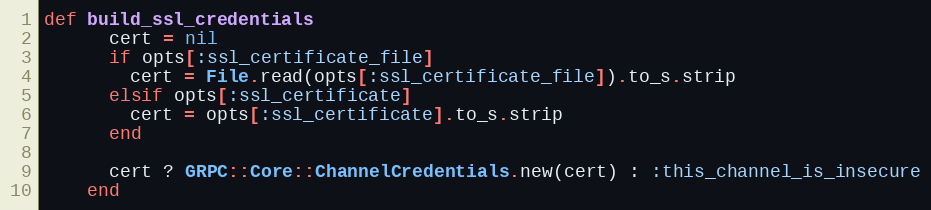
Language: Ruby
def build_ssl_credentials
      cert = nil
      if opts[:ssl_certificate_file]
        cert = File.read(opts[:ssl_certificate_file]).to_s.strip
      elsif opts[:ssl_certificate]
        cert = opts[:ssl_certificate].to_s.strip
      end

      cert ? GRPC::Core::ChannelCredentials.new(cert) : :this_channel_is_insecure
    end